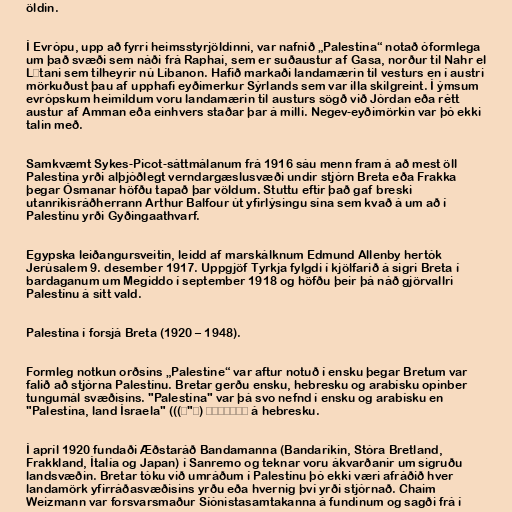
öldin.

Í Evrópu, upp að fyrri heimsstyrjöldinni, var nafnið „Palestína“ notað óformlega
um það svæði sem náði frá Raphai, sem er suðaustur af Gasa, norður til Nahr el
Lītani sem tilheyrir nú Líbanon. Hafið markaði landamærin til vesturs en í austri
mörkuðust þau af upphafi eyðimerkur Sýrlands sem var illa skilgreint. Í ýmsum
evrópskum heimildum voru landamærin til austurs sögð við Jórdan eða rétt
austur af Amman eða einhvers staðar þar á milli. Negev-eyðimörkin var þó ekki
talin með.

Samkvæmt Sykes-Picot-sáttmálanum frá 1916 sáu menn fram á að mest öll
Palestína yrði alþjóðlegt verndargæslusvæði undir stjórn Breta eða Frakka
þegar Ósmanar höfðu tapað þar völdum. Stuttu eftir það gaf breski
utanríkisráðherrann Arthur Balfour út yfirlýsingu sína sem kvað á um að í
Palestínu yrði Gyðingaathvarf.

Egypska leiðangursveitin, leidd af marskálknum Edmund Allenby hertók
Jerúsalem 9. desember 1917. Uppgjöf Tyrkja fylgdi í kjölfarið á sigri Breta í
bardaganum um Megiddo í september 1918 og höfðu þeir þá náð gjörvallri
Palestínu á sitt vald.

Palestína í forsjá Breta (1920 – 1948).

Formleg notkun orðsins „Palestine“ var aftur notuð í ensku þegar Bretum var
falið að stjórna Palestínu. Bretar gerðu ensku, hebresku og arabísku opinber
tungumál svæðisins. "Palestína" var þá svo nefnd í ensku og arabísku en
"Palestína, land Ísraela" ((פלשתינה (א"י) á hebresku.

Í apríl 1920 fundaði Æðstaráð Bandamanna (Bandaríkin, Stóra Bretland,
Frakkland, Ítalía og Japan) í Sanremo og teknar voru ákvarðanir um sigruðu
landsvæðin. Bretar tóku við umráðum í Palestínu þó ekki væri afráðið hver
landamörk yfirráðasvæðisins yrðu eða hvernig því yrði stjórnað. Chaim
Weizmann var forsvarsmaður Síónistasamtakanna á fundinum og sagði frá í